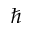
\hbar